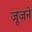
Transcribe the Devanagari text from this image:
जूजने